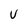
Character: V